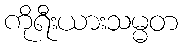
ကိုရီးယားသမ္မတ